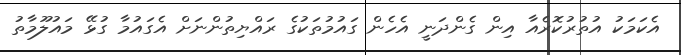
އެކަމަކު އުތުރުކޮރެއާ އިން ގެންދަނީ އެހެން ގައުމުތަކުގެ ރައްޔިތުންނަށް އެގައުމާ ގުޅޭ މައުލޫމާތު